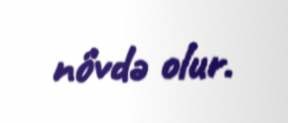
növdə olur.